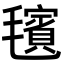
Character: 𪵢